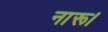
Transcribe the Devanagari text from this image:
नारू।